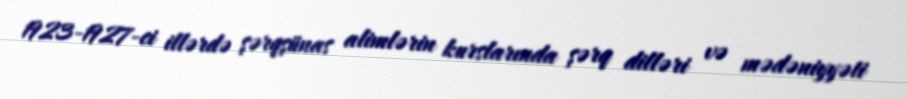
1923-1927-ci illərdə şərqşünas alimlərin kurslarında şərq dilləri və mədəniyyəti